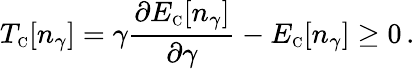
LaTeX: T_{\scriptscriptstyle\mathrm{C}}[n_{\gamma}]=\gamma\frac{\partial E_{\scriptscriptstyle\mathrm{C}}[n_{\gamma}]}{\partial\gamma}-E_{\scriptscriptstyle\mathrm{C}}[n_{\gamma}]\geq 0\, .